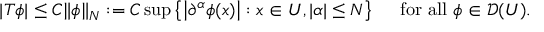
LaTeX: \qquad | T \phi | \leq C \| \phi \| _ { N } : = C \operatorname* { s u p } \left\{ \left| \partial ^ { \alpha } \phi ( x ) \right| : x \in U , | \alpha | \leq N \right\} \quad { \mathrm { ~ f o r ~ a l l ~ } } \phi \in { \mathcal { D } } ( U ) .